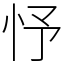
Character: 忬